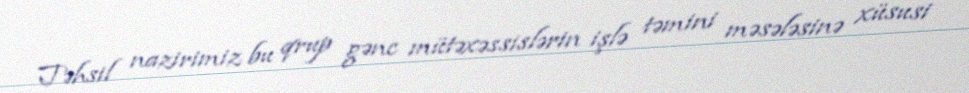
Təhsil nazirimiz bu qrup gənc mütəxəssislərin işlə təmini məsələsinə xüsusi